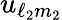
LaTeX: u_{\ell_{2}m_{2}}